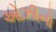
ઓઝીનો